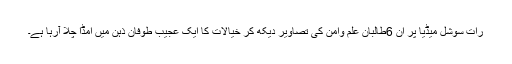
رات سوشل میڈیا پر ان 6طالبان علم وامن کی تصاویر دیکھ کر خیالات کا ایک عجیب طوفان ذہن میں امڈا چلا آرہا ہے۔